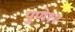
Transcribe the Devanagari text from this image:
पुणे१२